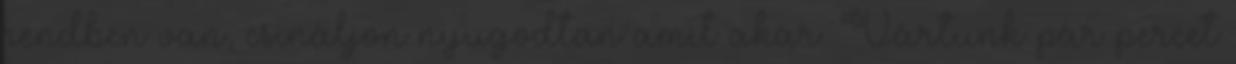
rendben van, csináljon nyugodtan amit akar. Vártunk pár percet